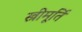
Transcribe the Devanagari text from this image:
स्त्रीमूर्ति